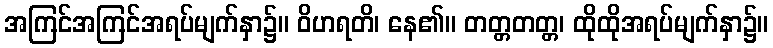
အကြင်အကြင်အရပ်မျက်နှာ၌။ ဝိဟရတိ၊ နေ၏။ တတ္တတတ္တ၊ ထိုထိုအရပ်မျက်နှာ၌။